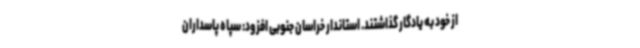
از خود به یادگار گذاشتند. استاندار خراسان جنوبی افزود: سپاه پاسداران